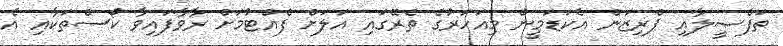
ތަފްޞީލާއި ޕްރިޒަން އެކަޑަމީން މިއަހަރުގެ ތެރޭގައި އަލަށް ފެއްޓުމަށް ރާވާފައިވާ ކޯސްތަކާއި އެ